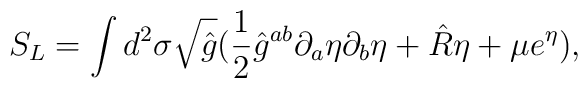
S_{L}= \int d^{2}\sigma \sqrt{\hat{g}}(\frac{1}{2} {\hat{g}}^{ab}\partial_{a}\eta \partial_{b}\eta +\hat{R}\eta +\mu e^{\eta}),